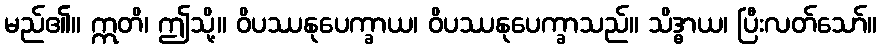
မည်၏။ ဣတိ၊ ဤသို့။ ဝိပဿနုပေက္ခာယ၊ ဝိပဿနုပေက္ခာသည်။ သိဒ္ဓာယ၊ ပြီးလတ်သော်။